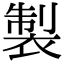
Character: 製